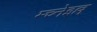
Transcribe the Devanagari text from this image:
म्च्नेइल्ल्